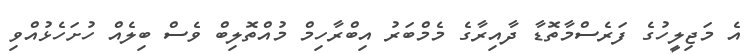
އެ މަޖިލީހުގެ ފަރެސްމާތޮޑާ ދާއިރާގެ މެމްބަރު އިބްރާހިމް މުއްތޮލިބް ވެސް ބިލެއް ހުށަހެޅުއްވި